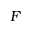
F